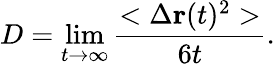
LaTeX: D=\operatorname*{lim}_{t\rightarrow\infty}\frac{<\Delta\textbf{r}(t)^{2}>}{6t}.